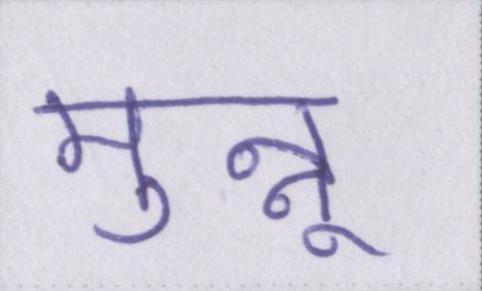
मुन्नू